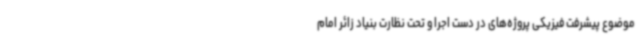
موضوع پیشرفت فیزیکی پروژه‌های در دست اجرا و تحت نظارت بنیاد زائر امام